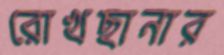
রোখছানার